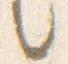
言